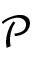
\mathscr { P }